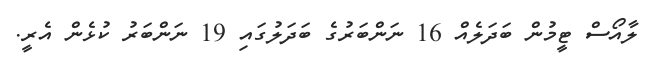
ލާއޯސް ޓީމުން ބަދަލެއް 16 ނަންބަރުގެ ބަދަލުގައި 19 ނަންބަރު ކުޅެން އެރީ.